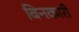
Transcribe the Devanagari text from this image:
बिनकारी